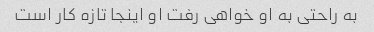
به راحتی به او خواهی رفت او اینجا تازه کار است